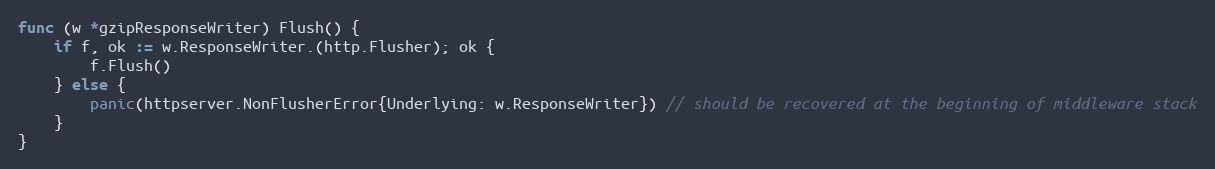
Language: Go
func (w *gzipResponseWriter) Flush() {
	if f, ok := w.ResponseWriter.(http.Flusher); ok {
		f.Flush()
	} else {
		panic(httpserver.NonFlusherError{Underlying: w.ResponseWriter}) // should be recovered at the beginning of middleware stack
	}
}